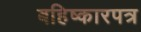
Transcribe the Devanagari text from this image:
बहिष्कारपत्र